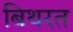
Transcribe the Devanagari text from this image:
बिथरत